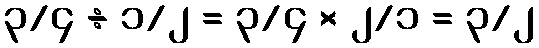
၃/၄ ÷ ၁/၂ = ၃/၄ × ၂/၁ = ၃/၂